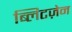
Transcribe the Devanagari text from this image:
ब्लिटज़ेन